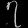
Digit: ၇